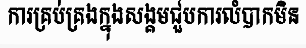
ការគ្រប់គ្រងក្នុងសង្គមជួបការលំបាកមិន